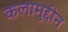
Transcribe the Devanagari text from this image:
कलामुद्दीन